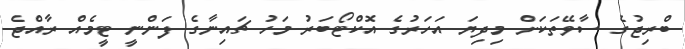
ބްރިޖުގެ ސާވޭތަކަށް މިދިޔަ އަހަރުގެ އޮކްޓޯބަރު މަހު ޗައިނާގެ ފަންނީ ޓީމެއް ރާއްޖެ